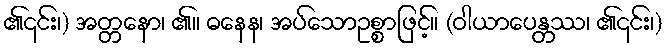
၏၎င်း၊) အတ္တနော၊ ၏။ ဓနေန၊ အပ်သောဥစ္စာဖြင့်။ (ဝါယာပေန္တဿ၊ ၏၎င်း၊)